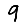
Digit: 9